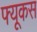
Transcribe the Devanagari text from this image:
फ्यूकस